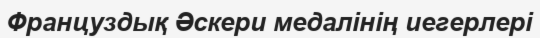
Француздық Әскери медалінің иегерлері